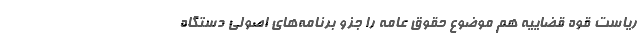
ریاست قوه قضاییه هم موضوع حقوق عامه را جزو برنامه‌های اصولی دستگاه